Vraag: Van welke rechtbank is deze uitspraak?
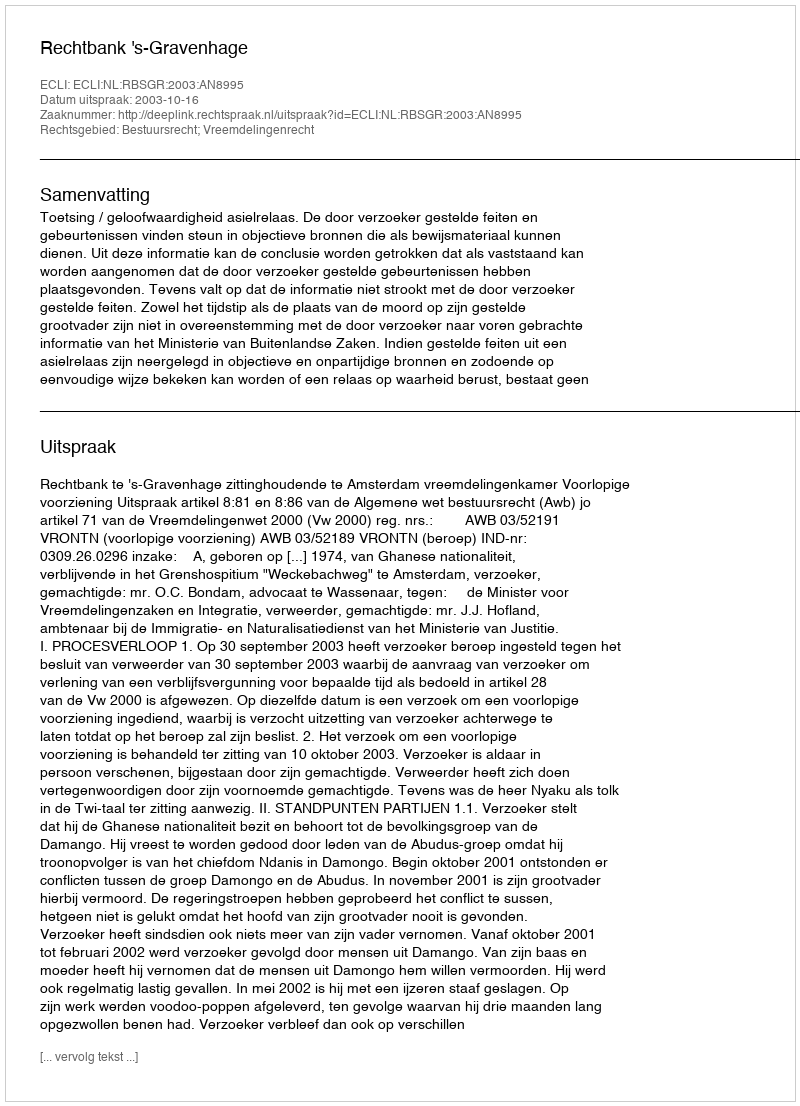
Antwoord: Rechtbank 's-Gravenhage